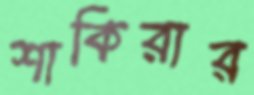
শাকিরার